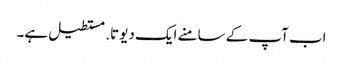
اب آپ کے سامنے ایک دیوتا. مستطیل ہے۔